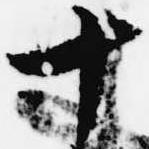
十